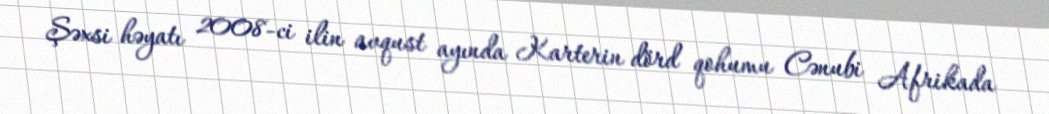
Şəxsi həyatı 2008-ci ilin avqust ayında Karterin dörd qohumu Cənubi Afrikada